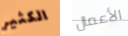
الكثير الأعمال